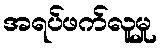
အရပ်ဖက်လူမှု